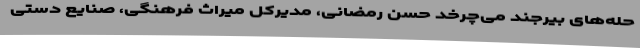
حله‌های بیرجند می‌چرخد حسن رمضانی، مدیرکل میراث فرهنگی، صنایع دستی